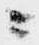
ニ